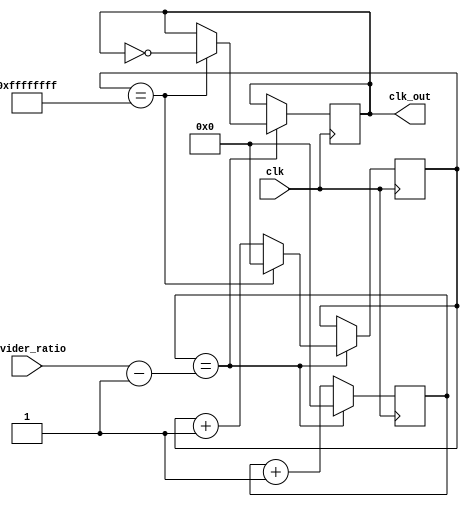
module fractional_clock_divider (
    input clk,
    input [31:0] divider_ratio,
    output reg clk_out
);

reg [31:0] count;
reg [31:0] phase_accumulator;

always @ (posedge clk) begin
    if (count == divider_ratio - 1) begin
        count <= 0;
        phase_accumulator <= phase_accumulator + 1;
        if (phase_accumulator == 32'b11111111111111111111111111111111) begin
            phase_accumulator <= 0;
            clk_out <= ~clk_out;
        end
    end else begin
        count <= count + 1;
    end
end

endmodule